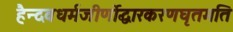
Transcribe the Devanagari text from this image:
हैन्दवधर्मजीर्णोद्धारकरणघृतमति